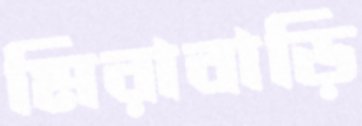
মিরাবাড়ি